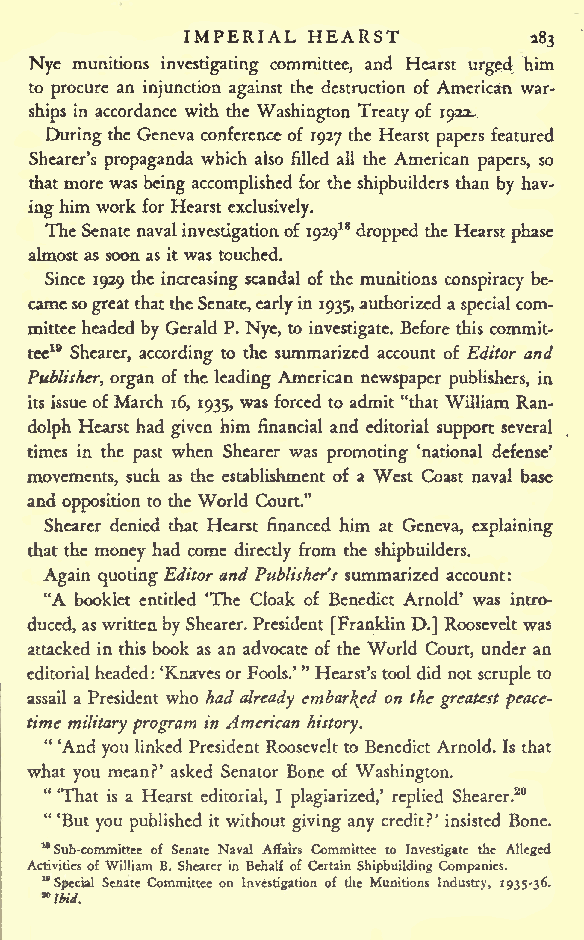
IMPERIAL HEARST
 283
 Nye munitions investigating committee, and Hearst urged him
 to procure an injunction against the destruction of American war-
 ships in accordance with the Washington Treaty of 1922^
 Duringthe Geneva conference of 1927 the Hearst papers featured
 Shearer's propaganda which also filled all the American papers, so
 thatmore was being accomplished for the shipbuilders than by hav-
 inghim work for Hearst exclusively.
 TheSenatenaval investigationof lyig18 dropped the Hearstphase
 almost as soon as it was touched.
 Since 1929 the increasing scandal of the munitions conspiracy be-
 camesogreatthattheSenate,earlyin 1935,authorized aspecial com-
 mitteeheaded by Gerald P. Nye, to investigate. Before this commit-
 tee19 Shearer, according to the summarized account of Editor and
 Publisher, organ of the leading American newspaper publishers, in
 its issueofMarch 16, 1935, was forced to admit "that William Ran-
 dolph Hearst had given him financial and editorial support several
 times in the past when Shearer was promoting 'national defense*
 movements, such as the establishment of a West Coast naval base
 and opposition to the World Court."
 Shearer denied that Hearst financed him at Geneva, explaining
 that the money had come directly from the shipbuilders.
 Again quoting Editorand Publisher's summarized account:
 "A booklet entitled 'The Cloak of Benedict Arnold' was intro-
 duced, aswrittenbyShearer. President [FranklinD.] Roosevelt was
 attacked in this book as an advocate of the World Court, under an
 "
 editorialheaded : 'KnavesorFools.' Hearst's tool did notscrupleto
 assail a President who had already embarked on the greatest peace-
 time militaryprogram in American history.
 "'And
 youlinked President Rooseveltto Benedict Arnold. Is that
 what you mean?' asked Senator Bone of Washington.
 "'That is a Hearst editorial, I plagiarized,' replied Shearer.20
 "
 'But you published it without giving any credit?' insisted Bone.
 M
 Sub-committee of Senate Naval Affairs Committee to Investigate the Alleged
 Activities ofWilliam B. Shearer in Behalf of Certain Shipbuilding Companies.
 18 Special Senate Committee on Investigation of die Munitions Industry, 1935-36.